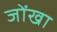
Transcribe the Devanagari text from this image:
जोंखा